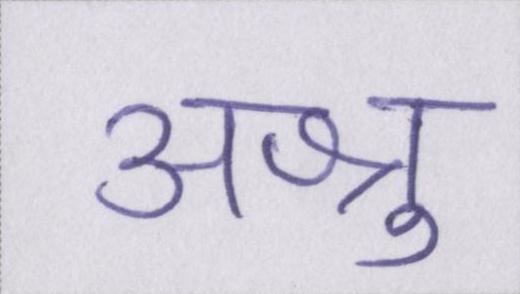
अश्रु